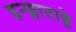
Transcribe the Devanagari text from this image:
इन्फ्लाताब्ले